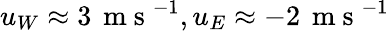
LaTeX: u_{W}\approx 3\, \mathrm{~m~s~}^{-1},u_{E}\approx-2\, \mathrm{~m~s~}^{-1}